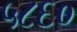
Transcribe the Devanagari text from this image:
५८६०